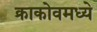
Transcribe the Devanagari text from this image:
क्राकोवमध्ये